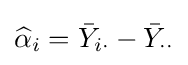
{\widehat {\alpha }}_{i}={\bar {Y}}_{i\cdot }-{\bar {Y}}_{\cdot \cdot }